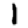
Digit: 1